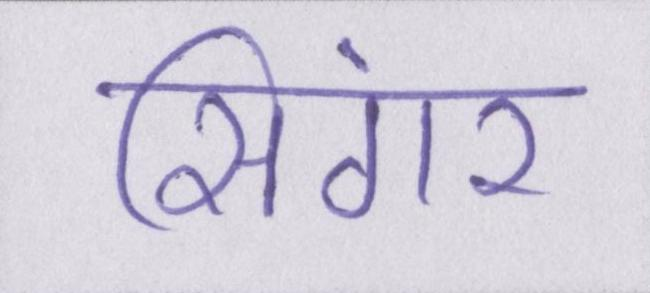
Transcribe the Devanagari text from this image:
सिंगर